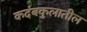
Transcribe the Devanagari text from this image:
कदंबकुलातील